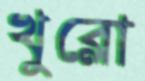
খুব্‌লো